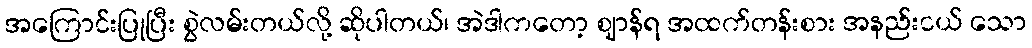
အကြောင်းပြုပြီး စွဲလမ်းတယ်လို့ ဆိုပါတယ်၊ အဲဒါကတော့ ဈာန်ရ အထက်တန်းစား အနည်းငယ် သော